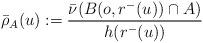
LaTeX: \begin{align*}\bar{\rho}_A(u) := \frac{\bar{\nu}(B(o,r^-(u)) \cap A)}{h(r^-(u))}\end{align*}